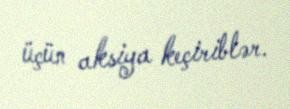
üçün aksiya keçiriblər.